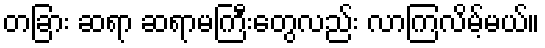
တခြား ဆရာ ဆရာမကြီးတွေလည်း လာကြလိမ့်မယ်။